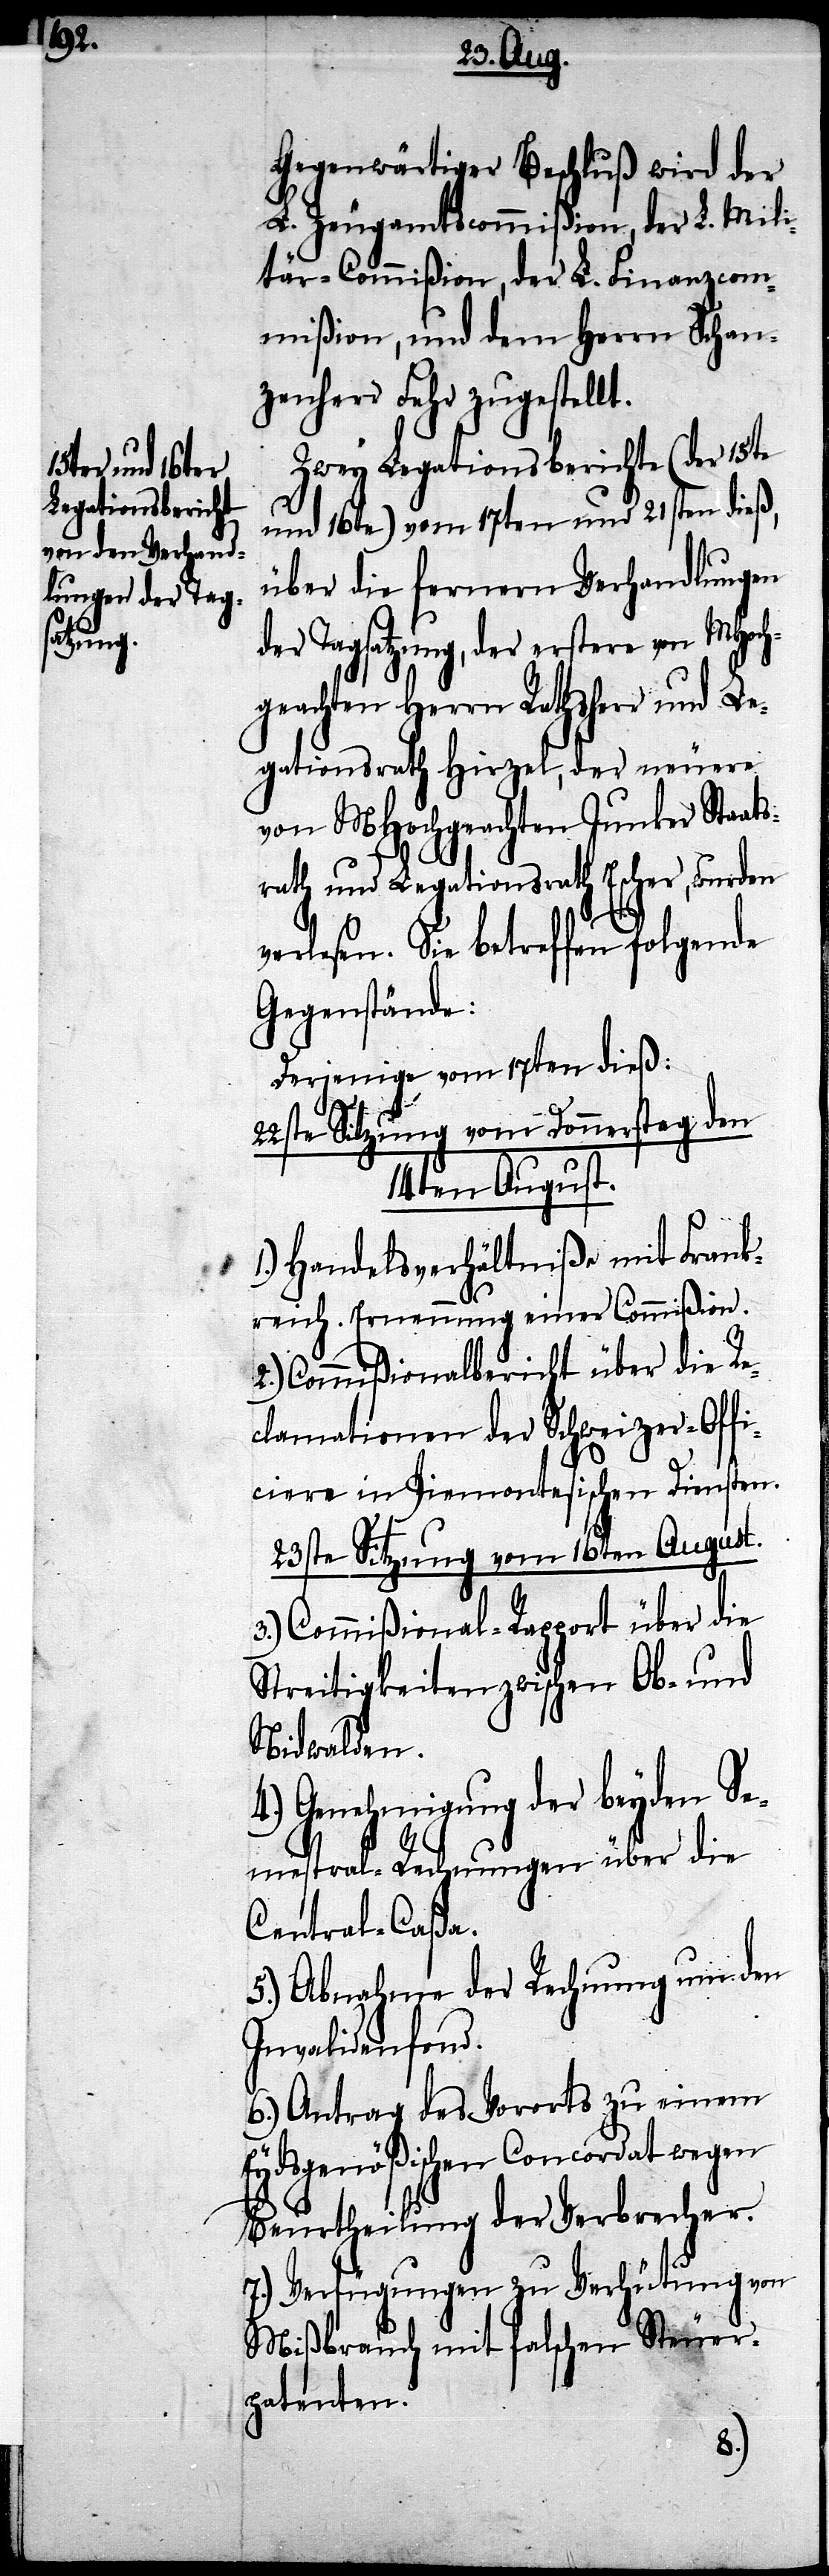
Gegenwärtiger Beschluß wird der
L. Zeugamtscommißion, der L. Mili¬
tar-Commißion, der L. Finanzcom¬
mißion, und dem Herrn Schan¬
zenherr Fehr zugestellt.
Zwey Legationsberichte (der 15te
und 16te) vom 17ten und 21sten dieß,
über die fernern Verhandlungen
der Tagsatzung, der erstere von MHoch¬
geachten Herrn Rathsherr und Le¬
gationsrath Hirzel, der neuere
von MHochgeachten Junker Staat¬
srath und Legationsrath Escher, wurden
verlesen. Sie betreffen folgende
Gegenstände:
Derjenige vom 17ten dieß:
22ste Sitzung vom Donnerstag den
14ten August.
1.) Handelsverhältniße mit Frank¬
reich. Ernennung einer Commißion.
2.) Commißionalbericht über die Re¬
clamationen der Schweizer-Offi¬
ciere in Piemontesischen Diensten.
23ste Sitzung vom 16ten August.
3.) Commißional-Rapport über die
Streitigkeiten zwischen Ob- und
Nidwalden.
4.) Genehmigung der beyden Se¬
mestral-Rechnungen über die
Central-Caßa.
5.) Abnahme der Rechnung um den
Invalidenfond.
6.) Antrag des Vororts zu einem
Eydsgenößischen Concordat wegen
Beurtheilung der Verbrecher.
7.) Verfügungen zu Verhütung von
Mißbrauch mit falschen Steuer¬
patenten.